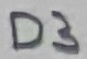
Text: D3